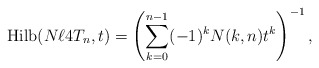
\begin{gather*} {\rm Hilb}(N{\ell}4T_n,t)= \left( \sum_{k=0}^{n-1} (-1)^{k} N(k,n) t^{k} \right)^{-1},\end{gather*}